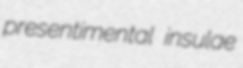
presentimental insulae